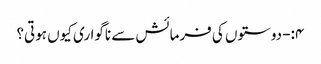
۴:- دوستوں کی فرمائش سے ناگواری کیوں ہوتی؟